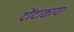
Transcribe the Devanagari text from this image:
दोंदाकाया